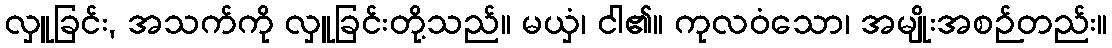
လှူခြင်း, အသက်ကို လှူခြင်းတို့သည်။ မယှံ၊ ငါ၏။ ကုလဝံသော၊ အမျိုးအစဉ်တည်း။